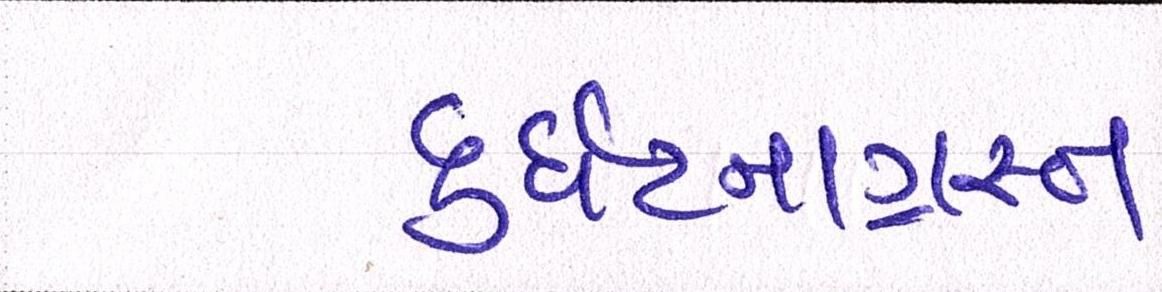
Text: દુર્ઘટનાગ્રસ્ત